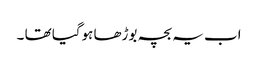
اب یہ بچہ بوڑھا ہوگیا تھا ۔